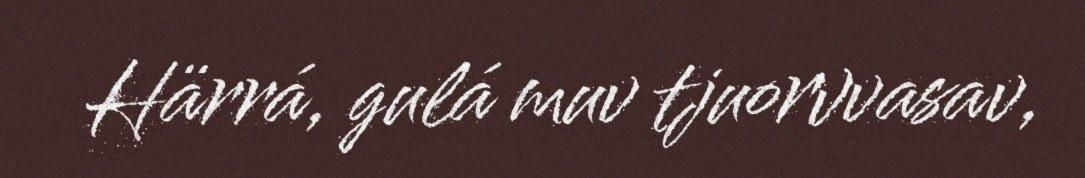
Härrá, gulá muv tjuorvvasav,